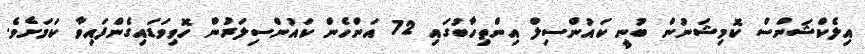
އިލެކްޝަންސް ކޮމިޝަނުން ބުނީ ކައުންސިލް އިންތިހާބުގައި 72 އަންހެން ކައުންސިލަރުން ހޮވިވަޑައިގެންފައިވާ ކަމަށެވެ.